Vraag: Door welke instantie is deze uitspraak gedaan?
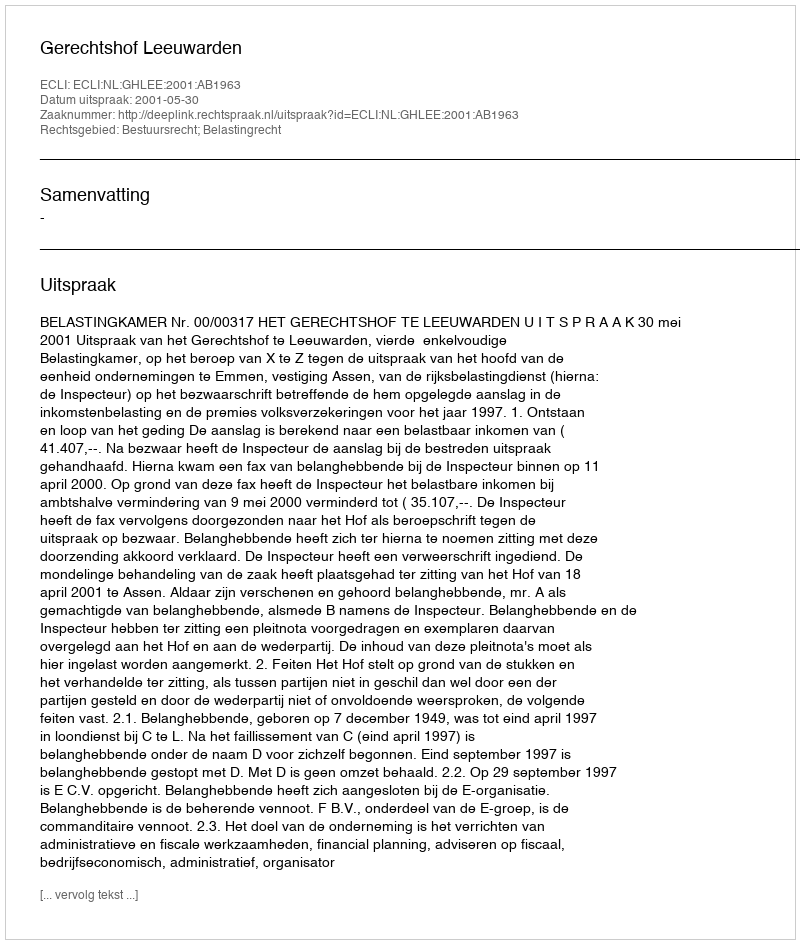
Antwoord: Gerechtshof Leeuwarden